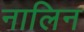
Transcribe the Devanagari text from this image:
नालिन